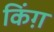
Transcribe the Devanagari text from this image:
किंग़